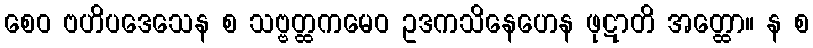
စေဝ ဗဟိပဒေသေန စ သဗ္ဗတ္ထကမေဝ ဥဒကသိနေဟေန ဖုဋာတိ အတ္ထော။ န စ